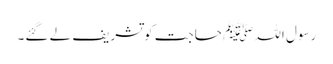
رسول اللہﷺ حاجت کو تشریف لے گئے۔